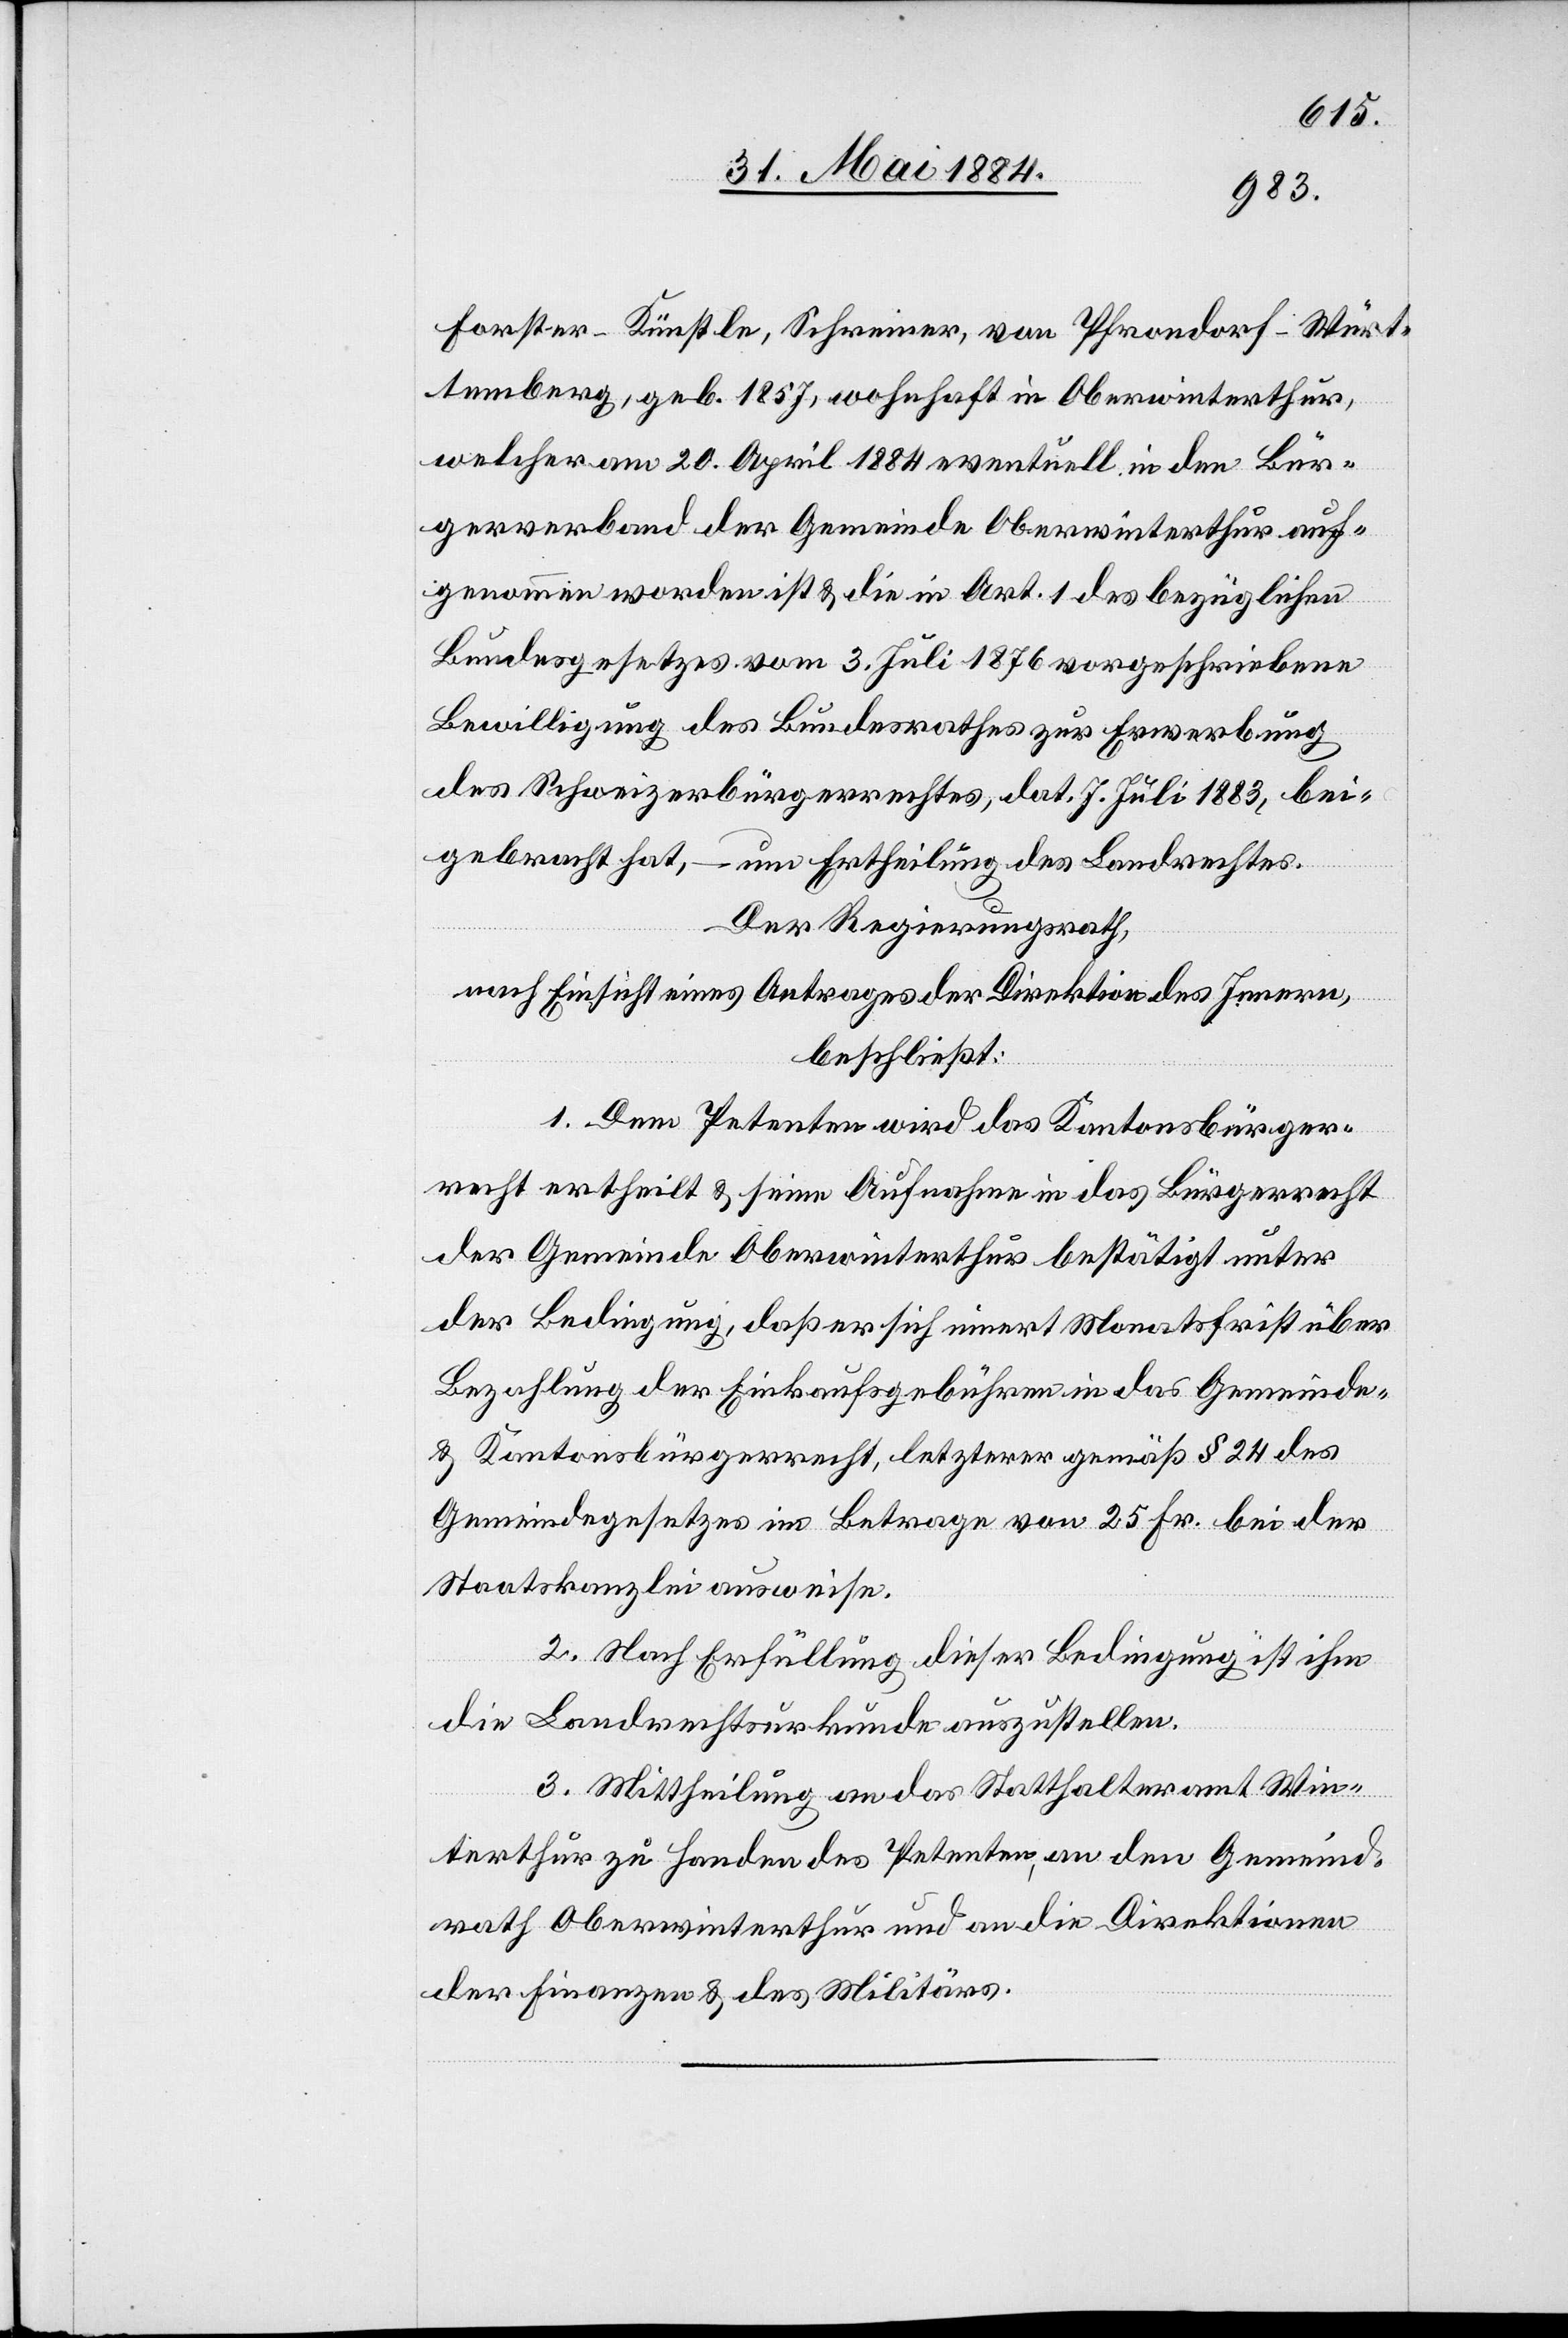
Forster-Künstle, Schreiner, von Pfrondorf - Würt¬
temberg, geb. 1857, wohnhaft in Oberwinterthur,
welcher am 20. April 1884 eventuell in den Bür¬
gerverband der Gemeinde Oberwinterthur auf¬
genommen worden ist & die in Art. 1 des bezüglichen
Bundesgesetzes vom 3. Juli 1876 vorgeschriebene
Bewilligung des Bundesrathes zur Erwerbung
des Schweizerbürgerrechtes, dat. 7. Juli 1883, bei¬
gebracht hat, – um Ertheilung des Landrechtes.
Der Regierungsrath,
nach Einsicht eines Antrages der Direktion des Innern,
beschließt:
1. Dem Petenten wird das Kantonsbürger¬
recht ertheilt & seine Aufnahme in das Bürgerrecht
der Gemeinde Oberwinterthur bestätigt unter
der Bedingung, daß er sich innert Monatsfrist über
Bezahlung der Einkaufsgebühren in das Gemeinde-
& Kantonsbürgerrecht, letzterer gemäß § 24 des
Gemeindegesetzes im Betrage von 25 Fr. bei der
Staatskanzlei ausweise.
2. Nach Erfüllung dieser Bedingung ist ihm
die Landrechtsurkunde auszustellen.
3. Mittheilung an das Statthalteramt Win¬
terthur zu Handen des Petenten, an den Gemeind¬
rath Oberwinterthur und an die Direktionen
der Finanzen & des Militärs.